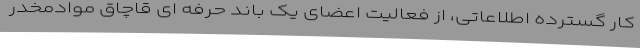
کار گسترده اطلاعاتی، از فعالیت اعضای یک باند حرفه ای قاچاق موادمخدر